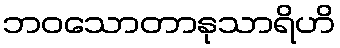
ဘဝသောတာနုသာရိဟိ